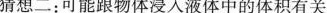
猜想二：可能跟物体浸入液体中的体积有关；